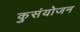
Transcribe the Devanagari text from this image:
कुसंयोजन